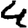
Digit: 4